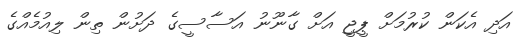
އަދި އެކަން ކުރުމަށް ޕީޖީ އަށް ގާނޫނު އަސާސީގެ ދަށުން ތިން ލިއުމެއްގެ